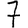
Digit: 7